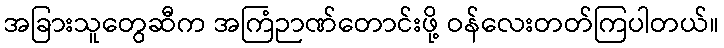
အခြားသူတွေဆီက အကြံဉာဏ်တောင်းဖို့ ဝန်လေးတတ်ကြပါတယ်။